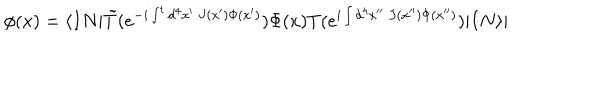
\phi ( x ) = \langle I N | \tilde { T } ( e ^ { - i \int ^ { t } d ^ { 4 } x ^ { \prime } ~ J ( x ^ { \prime } ) \Phi ( x ^ { \prime } ) } ) \Phi ( x ) T ( e ^ { i \int d ^ { 4 } x ^ { \prime \prime } ~ J ( x ^ { \prime \prime } ) \Phi ( x ^ { \prime \prime } ) } ) | I N \rangle |